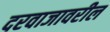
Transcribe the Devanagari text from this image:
दरवाजावरील